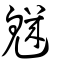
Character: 𩴆